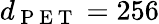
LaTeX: d_{\mathrm{~P~E~T~}}=256